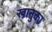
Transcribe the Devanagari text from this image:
खानुका